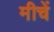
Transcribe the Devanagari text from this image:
मीचें